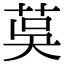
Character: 茣